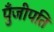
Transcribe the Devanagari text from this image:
पुँजीपति